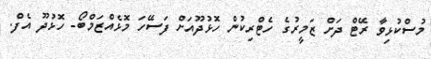
މުސްކުޅިވާ ރޭޓް ދަށް ޒަމީރުގެ ހެޓްރިކުން ހޮޅުދޫއަށް ފަސޭހަ މޮޅެއްޒަމްބޯ- ހޮޅުދޫ އެފް.